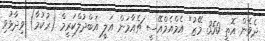
ދެވެން އޮތީ 350 މޭޒު" އެމްއެމްއޭސީ ޗެއާމަން އަލީ އަބްދުލްކަރީމް (ރުކުމާ) ވިދާޅުވި